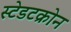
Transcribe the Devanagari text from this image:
स्टेडटक्रोन